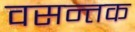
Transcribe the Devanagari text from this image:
वसन्तक